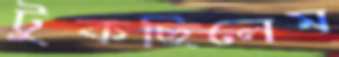
টুকছিলেম